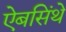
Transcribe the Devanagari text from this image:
ऐबसिंथे